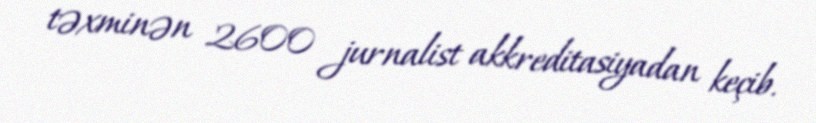
təxminən 2600 jurnalist akkreditasiyadan keçib.